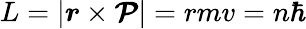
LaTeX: L=|{\boldsymbol{r}}\times{\boldsymbol{\mathcal{P}}}|=rmv=n\hbar